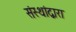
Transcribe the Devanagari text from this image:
संस्थांद्वारा